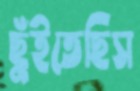
ছুঁইতেছিস